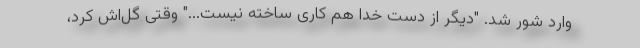
وارد شور شد. "دیگر از دست خدا هم کاری ساخته نیست..." وقتی گل‌اش کرد،